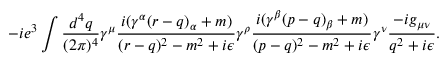
- i e ^ { 3 } \int { \frac { d ^ { 4 } q } { ( 2 \pi ) ^ { 4 } } } \gamma ^ { \mu } { \frac { i ( \gamma ^ { \alpha } ( r - q ) _ { \alpha } + m ) } { ( r - q ) ^ { 2 } - m ^ { 2 } + i \epsilon } } \gamma ^ { \rho } { \frac { i ( \gamma ^ { \beta } ( p - q ) _ { \beta } + m ) } { ( p - q ) ^ { 2 } - m ^ { 2 } + i \epsilon } } \gamma ^ { \nu } { \frac { - i g _ { \mu \nu } } { q ^ { 2 } + i \epsilon } } .